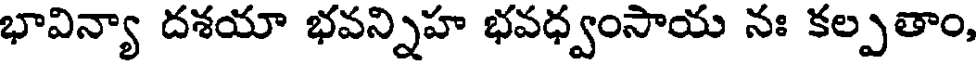
భావిన్యా దశయా భవన్నిహ భవధ్వంసాయ నః కల్పతాం,